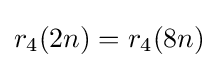
r_{4}(2n)=r_{4}(8n)